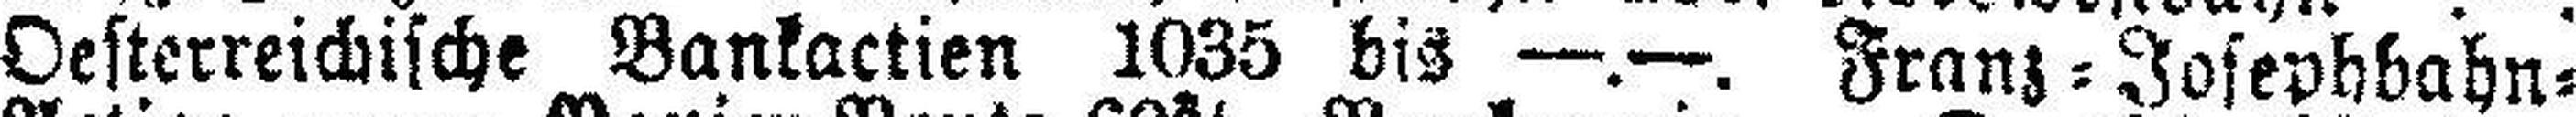
Oesterreichische Bankactien 1035 bis —.—. Franz=Josephbahn=